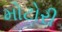
મોટોરી